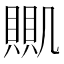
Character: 𧶹